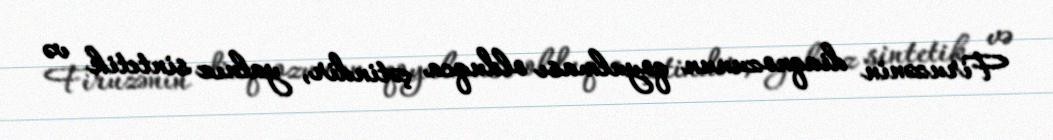
Firuzənin diaqnozunun qoyulması olduqca çətindir, yalnız sintetik və